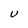
Character: U